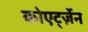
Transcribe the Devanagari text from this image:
कोएर्ट्ज़ेन